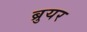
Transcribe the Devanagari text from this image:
ब्रुयर